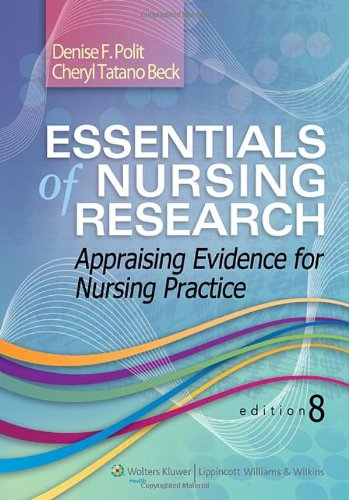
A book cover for Essentials of Nursing Research: Appraising Evidence for Nursing Practice; Denise F. Polit PhD  FAAN; Medical Books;